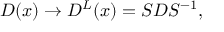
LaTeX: D ( x ) \rightarrow D ^ { L } ( x ) = S D S ^ { - 1 } ,